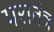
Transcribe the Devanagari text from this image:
परातंत्र